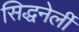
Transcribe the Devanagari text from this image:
सिद्धनेर्ली